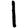
Digit: 1